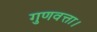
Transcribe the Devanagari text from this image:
गुणवत्ता।